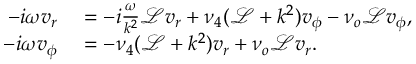
\begin{array} { r l } { - i \omega v _ { r } } & { { } = - i \frac { \omega } { k ^ { 2 } } \mathcal { L } v _ { r } + \nu _ { 4 } ( \mathcal { L } + k ^ { 2 } ) v _ { \phi } - \nu _ { o } \mathcal { L } v _ { \phi } , } \\ { - i \omega v _ { \phi } } & { { } = - \nu _ { 4 } ( \mathcal { L } + k ^ { 2 } ) v _ { r } + \nu _ { o } \mathcal { L } v _ { r } . } \end{array}